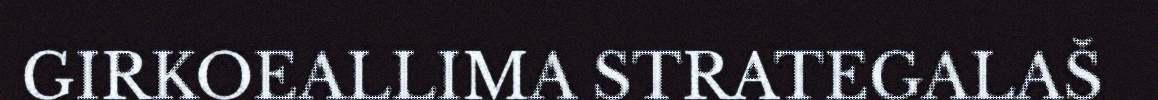
GIRKOEALLIMA STRATEGALAŠ